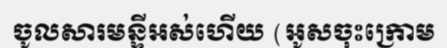
ចូលសារមន្ទីអស់ហើយ (អូសចុះក្រោម